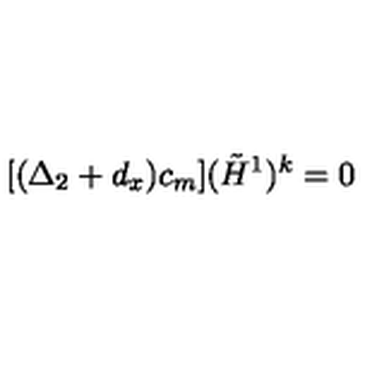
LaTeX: [ ( \Delta _ { 2 } + d _ { x } ) c _ { m } ] ( { \tilde { H } } ^ { 1 } ) ^ { k } = 0